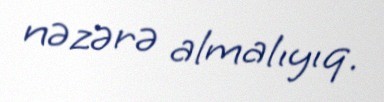
nəzərə almalıyıq.